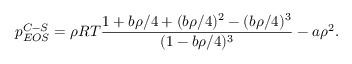
p _ { E O S } ^ { C - S } = \rho R T \frac { 1 + b \rho / 4 + ( b \rho / 4 ) ^ { 2 } - ( b \rho / 4 ) ^ { 3 } } { ( 1 - b \rho / 4 ) ^ { 3 } } - a \rho ^ { 2 } .